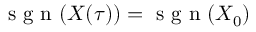
\mathrm { ~ s ~ g ~ n ~ } ( X ( \tau ) ) = \mathrm { ~ s ~ g ~ n ~ } ( X _ { 0 } )